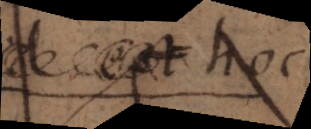
se est hoc